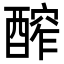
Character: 醡